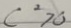
C ^ { 2 } > 0